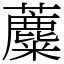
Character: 蘪